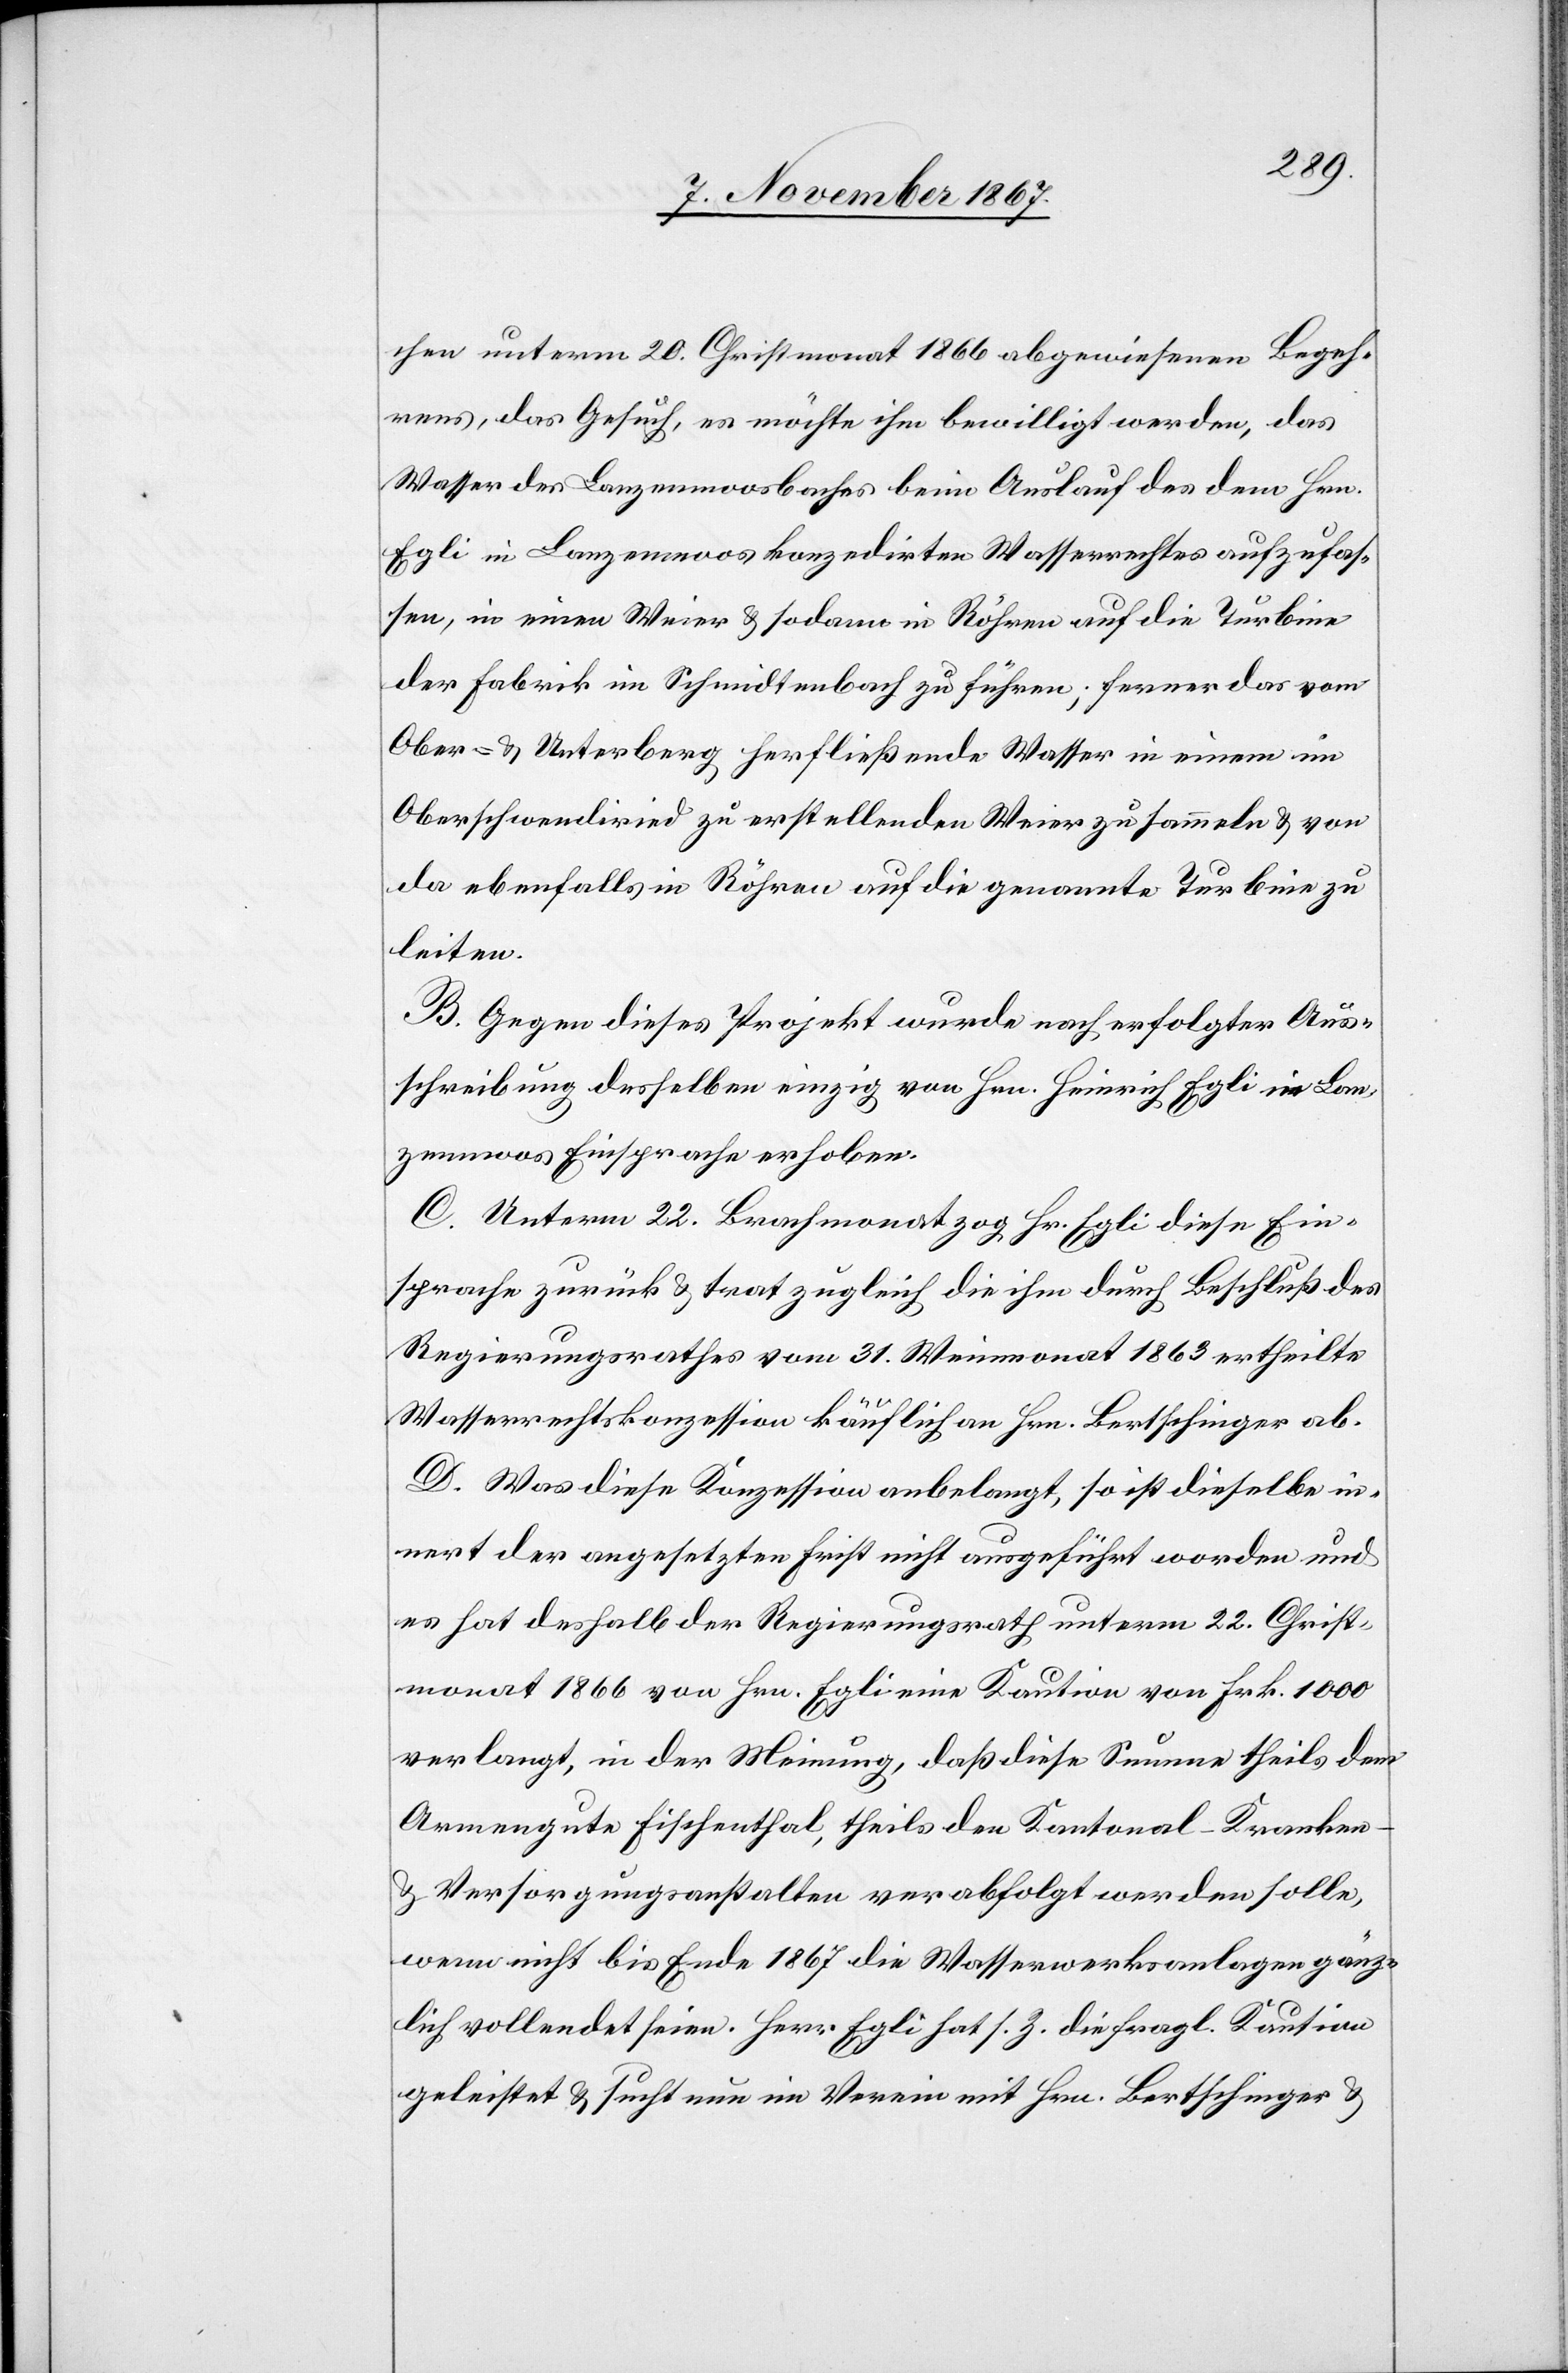
chen unterm 20. Christmonat 1866 abgewiesenen Begeh¬
rens, das Gesuch, es möchte ihm bewilligt werden, das
Wasser des Lanzenmoosbaches beim Auslauf des dem Hrn.
Egli in Lanzenmoos konzedirten Wasserrechtes aufzufas¬
sen, in einen Weier u. sodann in Röhren auf die Turbine
der Fabrik im Schmidtenbach zu führen; ferner das vom
Ober- u. Unterberg herfließende Wasser in einem im
Oberschwendiried zu erstellenden Weier zu sammeln u. von
da ebenfalls in Röhren auf die genannte Turbine zu
leiten.
B. Gegen dieses Projekt wurde nach erfolgter Aus¬
schreibung desselben einzig von Hrn. Heinrich Egli in Lan¬
zenmoos Einsprache erhoben.
C. Unterm 22. Brachmonat zog Hr. Egli diese Ein¬
sprache zurück u. trat zugleich die ihm durch Beschluß des
Regierungsrathes vom 31. Weinmonat 1863 ertheilte
Wasserrechtskonzession käuflich an Hrn. Bertschinger ab.
D. Was diese Konzession anbelangt, so ist dieselbe in¬
nert der angesetzten Frist nicht ausgeführt worden und
es hat deshalb der Regierungsrath unterm 22. Christ¬
monat 1866 von Hrn. Egli eine Kaution von Frk. 1000
verlangt, in der Meinung, daß diese Summe theils dem
Armengute Fischenthal, theils den Kantonal-Kranken-
u. Versorgungsanstalten verabfolgt werden solle,
wenn nicht bis Ende 1867 die Wasserwerksanlagen gänz¬
lich vollendet seien. Herr Egli hat s. Z. die fragl. Kaution
geleistet u. sucht nun im Verein mit Hrn. Bertschinger u.